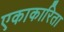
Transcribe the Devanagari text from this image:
एकाकारिता